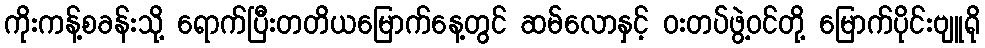
ကိုးကန့်စခန်းသို့ ရောက်ပြီးတတိယမြောက်နေ့တွင် ဆမ်လောနှင့် ဝးတပ်ဖွဲ့ဝင်တို့ မြောက်ပိုင်းဗျူရို